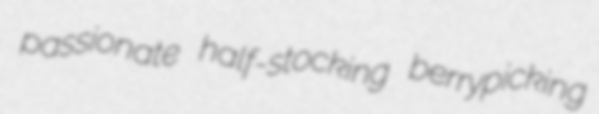
passionate half-stocking berrypicking